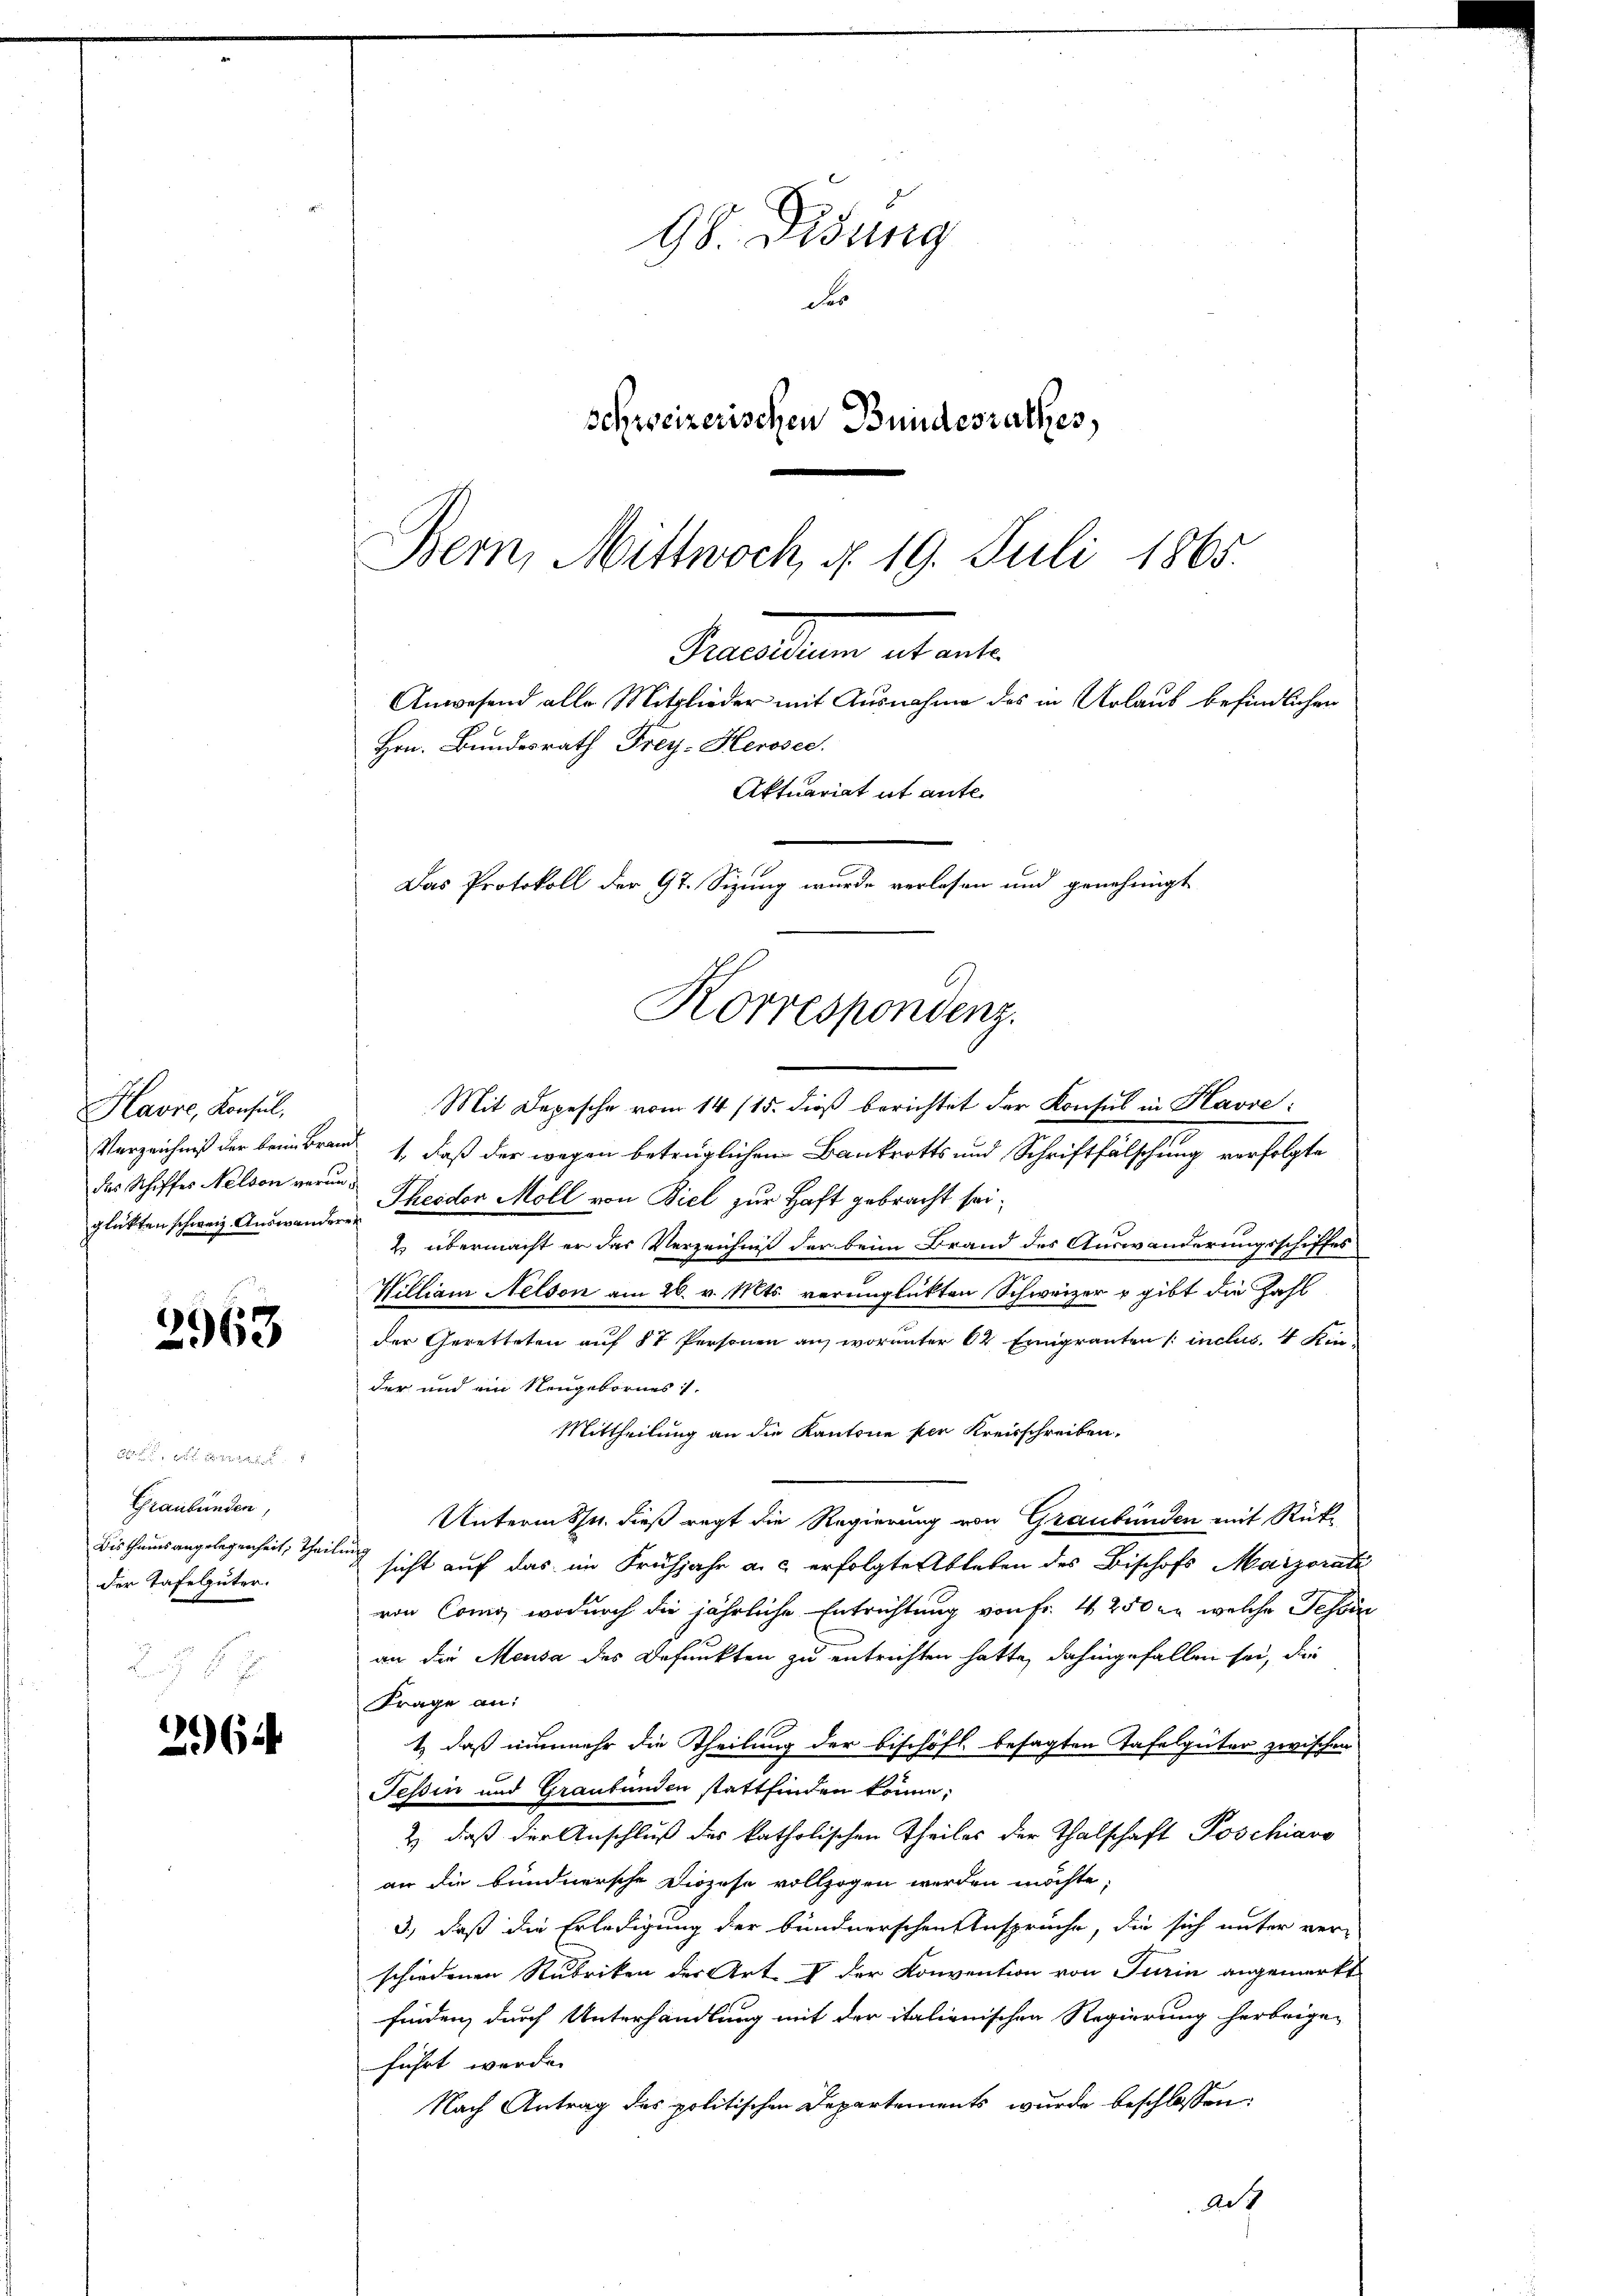
2963

2962.

98. Didung
S
schweizerischen Bundesrathes,
Bern, Mittwoch, d. 19. Juli 1865.

Percellen ab anle
Anwesend alle Mitglieder mit Ausnahme des in Urlaub befindlichen
Hrn. Bundesrath Frey- Herosec.
Aktuariat it ante¬
Das Protokoll der 97. Sizung wurde verlesen und genehmigt
Korrespondenz.

Havre, Konsul,
Verzeichniß der kein Brades Schiffes Nelson verin
glükten schweiz. Auswander

Graubünden,
der Tafelgüter.

Mit Depesche vom 14/15. dieß berichtet der Konsul in Havre:
ad 1., daß der wegen betrüglichen Bankrotts und Schriftfälschung verfolgte
Theider Moll von Biel zur Haft gebracht sei.

2 übermacht er das Verzeichniß der beim Brand des Auswanderungsschiffes
2
William Nelson am 26. v. Mts. vereinglickten Schweizer u gibt die Zahl
der Geretteten auf 87 Personen auf worunter 62 Emigranten [inches. 4 Kin-
der und ein Neugebornes
Mittheilung an die Kantone per Kreisschreiben.
Unterm 8. dieß regt die Regierung von Graubünden mit Rück¬
Bisthumsangelegenheit, theilung sicht auf das im Frühjahr a. c. erfolgte Ableben des Bischofs Marzorati
von Como, wodurch die jährliche Entrichtung von Fr. 4250 u. welche Tessin
an die Meusa des Befunkten zu entrichten hatte, dahingefallen sei, die
Frage an:
t) daß nunmehr die Theilung der bischöfl. besagten Tafelgüter zwischen
Tessin und Graubünden stattfinden könne;
& daß der Anschluß des katholischen Theiles der Thalschaft Poschiara
an die bundnersche Diözese vollzogen werden möchte;
3., daß die Erledigung der bundnerschen Anspruche, die sich unter ver-
schiedenen Rubriken der Art. I der Konvention von Turin angemerkt
finden, durch Unterhandlung mit der italienischen Regierung herbrigen
führt werde.
Nach Antrag des politischen Departements wurde beschlossen:
Ad 7